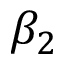
\beta _ { 2 }